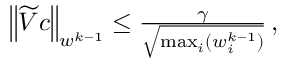
\begin{array} { r } { \left\lVert \widetilde { V } c \right\rVert _ { w ^ { k - 1 } } \leq \frac { \gamma } { \sqrt { \operatorname* { m a x } _ { i } ( w _ { i } ^ { k - 1 } ) } } \, , } \end{array}